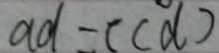
a d = ( c d )